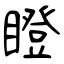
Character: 瞪